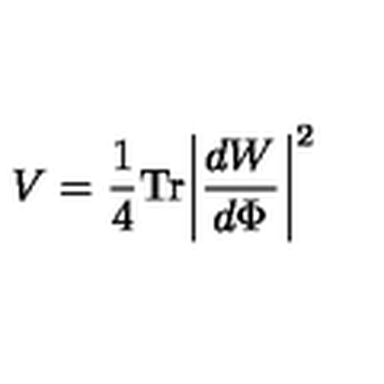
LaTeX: V = { \frac { 1 } { 4 } } \mathrm { T r } \biggl | { \frac { d W } { d \Phi } } \biggr | ^ { 2 }